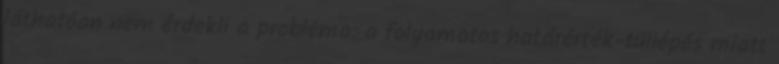
láthatóan nem érdekli a probléma: a folyamatos határérték-túllépés miatt